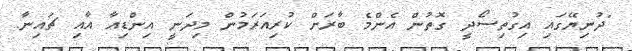
"ދުނިޔޭގައި އިގުތިސޯދީ ގޮތުން އެންމެ ބާރަށް ކުރިއަރަމުން މިދަނީ އިންޑިއާ އާއި ޗައިނާ.